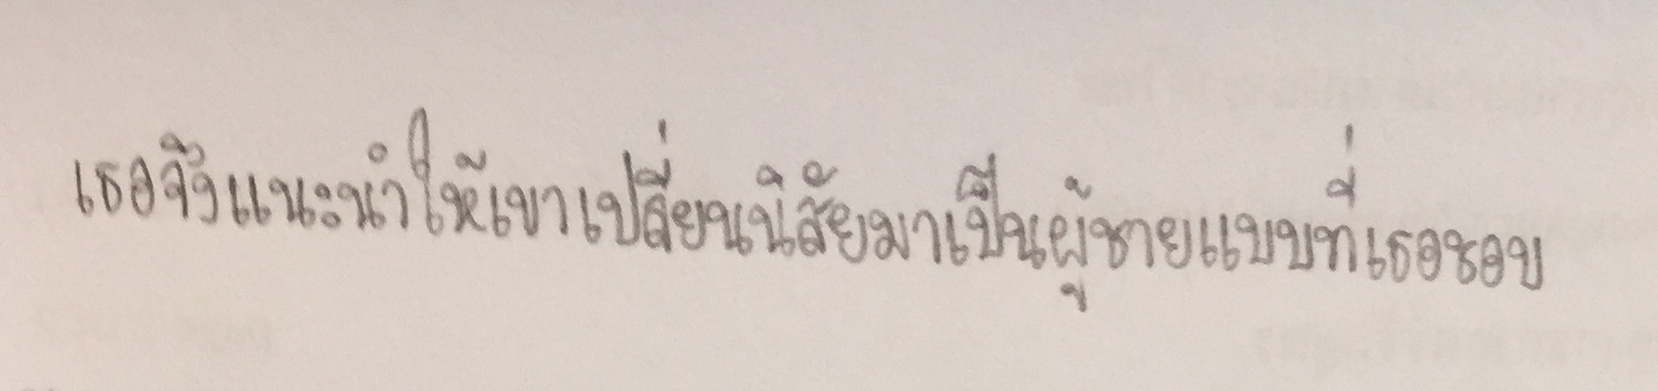
เธอจึงแนะนำให้เขาเปลี่ยนนิสัยมาเป็นผู้ชายแบบที่เธอชอบ